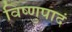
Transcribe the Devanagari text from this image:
विष्णुपादं